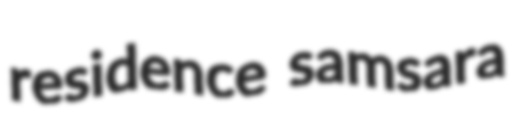
residence samsara